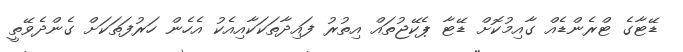
ޑޭޓާގެ ޓްރެންޑެއް ގާއިމުކޮށް ޑޭޓާ ޕެކޭޖުތައް އިތުރު ފައިދާތަކަކާއިއެކު އެހެން ހަރުފަތަކަށް ގެންދެވޭތީ